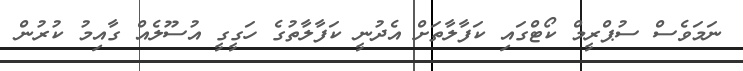
ނަމަވެސް ސުޕްރީމް ކޯޓްގައި ކަފާލާތަށް އެދުނީ ކަފާލާތުގެ ހަގީގީ އުސޫލެއް ގާއިމު ކުރުން